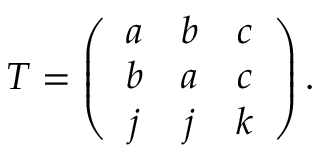
T = \left( \begin{array} { c c c } { { a } } & { { b } } & { { c } } \\ { { b } } & { { a } } & { { c } } \\ { { j } } & { { j } } & { { k } } \end{array} \right) .